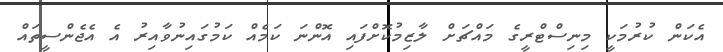
އެކަން ކުރުމަކީ މިނިސްޓްރީގެ މައްޗަށް ލާޒިމުކޮށްފައި އޮންނަ ކަމެއް ކަމުގައިނުވާއިރު އެ އެޖެންސީތައް